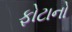
ફોટાનો